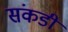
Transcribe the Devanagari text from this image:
संकडी